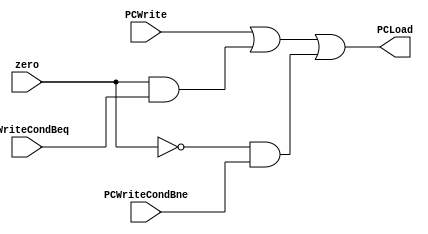
module PCLoadGen(PCWrite, PCWriteCondBeq, PCWriteCondBne, zero, PCLoad);
input PCWrite;
input PCWriteCondBeq; 
input PCWriteCondBne; 
input zero;
output PCLoad;
	
	assign PCLoad = PCWrite | (zero & PCWriteCondBeq) | (~zero & PCWriteCondBne); 	

endmodule